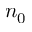
n _ { 0 }